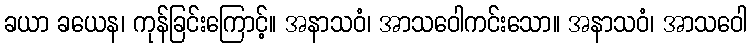
ခယာ ခယေန၊ ကုန်ခြင်းကြောင့်။ အနာသဝံ၊ အာသဝေါကင်းသော။ အနာသဝံ၊ အာသဝေါ